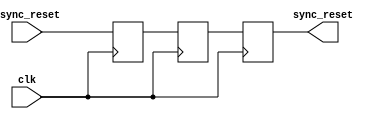
module async_reset_synchronizer (
    input wire clk,           // Clock signal
    input wire async_reset,   // Asynchronous reset signal (active high)
    output reg sync_reset     // Synchronized reset signal
);

// Internal signals for flip-flops
reg ff1, ff2;

// Always block to capture the clock edge
always @(posedge clk) begin
    ff1 <= async_reset; // Sample the asynchronous reset signal
    ff2 <= ff1;         // Synchronize the sampled signal
end

// Assign the synchronized reset output
always @(posedge clk) begin
    sync_reset <= ff2;  // Output the synchronized reset signal
end

endmodule